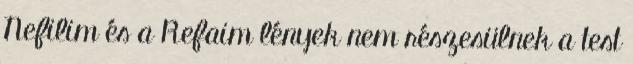
Nefilim és a Refaim lények nem részesülnek a test